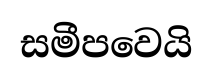
සමීපවෙයි